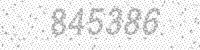
Solution: 845386